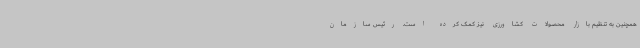
همچنین به تنظیم بازار محصولات کشاورزی نیز کمک کرده است. رئیس سازمان